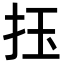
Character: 𢫛